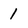
Character: 1